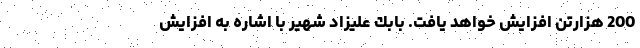
200 هزارتن افزایش خواهد يافت. بابك عليزاد شهير با اشاره به افزايش